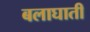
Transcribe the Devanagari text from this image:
बलाघाती